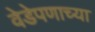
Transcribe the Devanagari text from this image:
वेडेपणाच्या